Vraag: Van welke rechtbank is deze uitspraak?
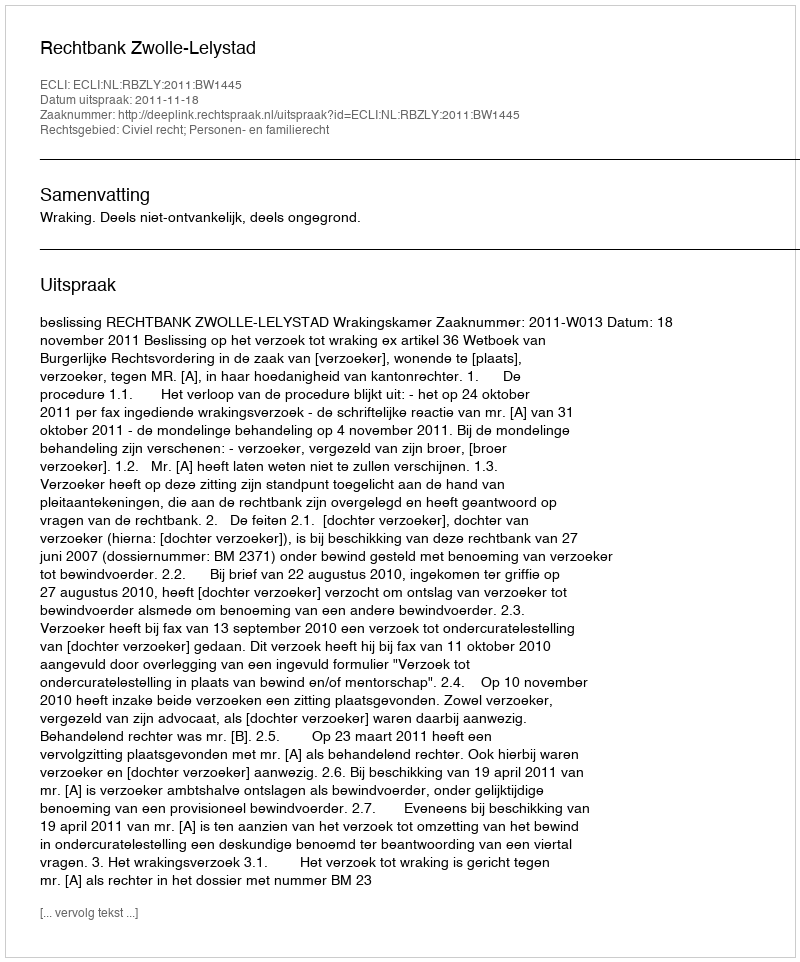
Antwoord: Rechtbank Zwolle-Lelystad